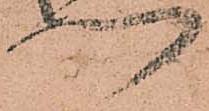
門